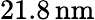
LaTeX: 21.8\, \mathrm{nm}